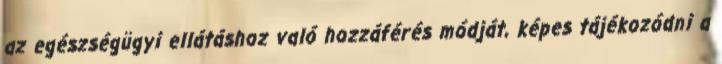
az egészségügyi ellátáshoz való hozzáférés módját, képes tájékozódni a